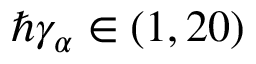
\hbar \gamma _ { \alpha } \in ( 1 , 2 0 )